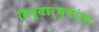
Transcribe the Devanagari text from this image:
विद्यार्थ्यांला